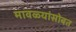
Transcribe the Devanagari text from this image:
मावळ्यांसोबत